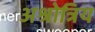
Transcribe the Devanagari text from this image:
अश्रोत्रिय